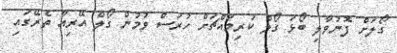
ގޯލަށް ފޮނުވާލި ބޯޅަ ގޯލް ކުރިމައްޗަށް ހުރަސް ވުމުން ގޯލް އޭރިއާ ތެރޭގައި